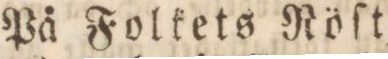
På Folkets Röſt,